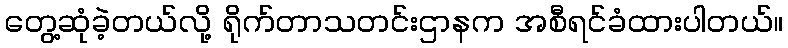
တွေ့ဆုံခဲ့တယ်လို့ ရိုက်တာသတင်းဌာနက အစီရင်ခံထားပါတယ်။